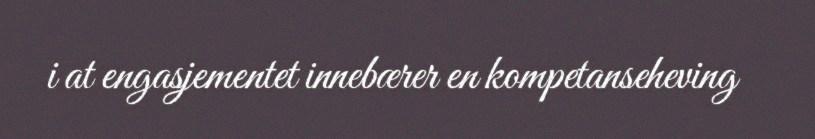
i at engasjementet innebærer en kompetanseheving